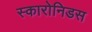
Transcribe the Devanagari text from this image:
स्कारोनिडस